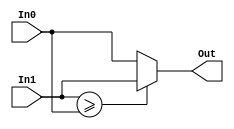
//---------------------------
// 2 input comparator for MAX
// Version 1.0
//---------------------------

module comp2_MAX18(In1,In0,Out);

//---------------------------------
// In0: input binary code;
// In1: input binary code;
// Out: is the max value;
//---------------------------------

input  [6:0] In0,In1; // Input data
output [6:0] Out;    // Ouput data

assign Out= (In1>=In0) ? In1:In0;

endmodule